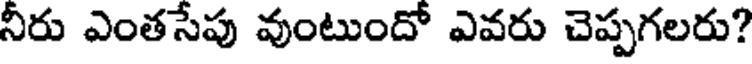
నీరు ఎంతసేపు వుంటుందో ఎవరు చెప్పగలరు?